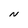
Character: N